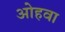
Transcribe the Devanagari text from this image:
ओहवा